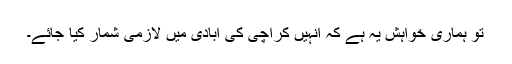
تو ہماری خواہش یہ ہے کہ انہیں کراچی کی آبادی میں لازمی شمار کیا جائے۔